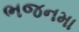
ભજનમા